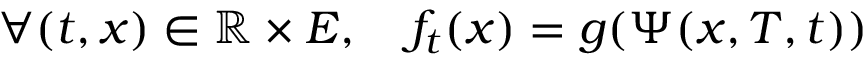
\forall ( t , x ) \in \mathbb { R } \times E , \quad f _ { t } ( x ) = g ( \Psi ( x , T , t ) )